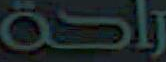
راكة